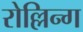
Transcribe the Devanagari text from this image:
रोल्लिन्ग